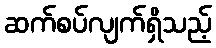
ဆက်စပ်လျက်ရှိသည့်